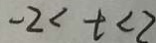
- 2 < t < 2